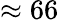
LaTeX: \approx 66